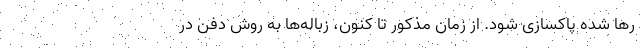
رها شده پاکسازی شود. از زمان مذکور تا کنون، زباله‌ها به روش دفن در